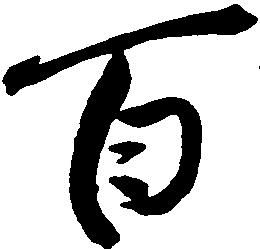
百